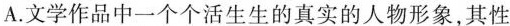
A.文学作品中一个个活生生的真实的人物形象,其性